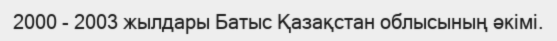
2000 - 2003 жылдары Батыс Қазақстан облысының әкімі.